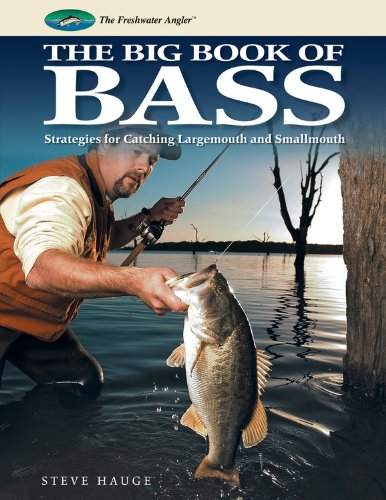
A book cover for Big Book of Bass: Strategies for Catching Largemouth and Smallmouth (The Freshwater Angler); Steve Hauge; Sports & Outdoors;